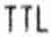
TTL